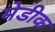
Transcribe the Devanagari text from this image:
मेडीक